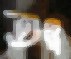
তত্ত্ব